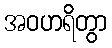
အဝဟရိတွာ